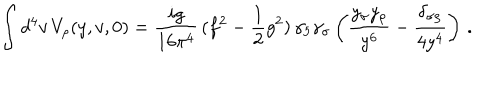
LaTeX: \int d ^ { 4 } v \, V _ { \rho } ( y , v , 0 ) = \frac { i g } { 1 6 \pi ^ { 4 } } \, ( f ^ { 2 } - \frac { 1 } { 2 } g ^ { 2 } ) \, \gamma _ { 5 } \gamma _ { \sigma } \left( \frac { y _ { \sigma } y _ { \rho } } { y ^ { 6 } } - \frac { \delta _ { \sigma \rho } } { 4 y ^ { 4 } } \right) \, .